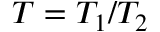
T = T _ { 1 } / T _ { 2 }